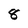
Character: 8